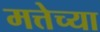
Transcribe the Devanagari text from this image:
मत्तेच्या